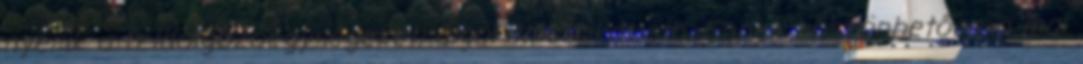
nyerik a feldolgozóegységeket, al­goritmusokat stb. Ennek köszönhetően a mai